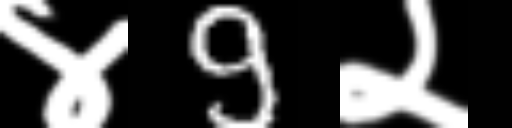
Text: ४9२